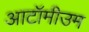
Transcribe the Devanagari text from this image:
आटॉमीउम